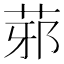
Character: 䓉